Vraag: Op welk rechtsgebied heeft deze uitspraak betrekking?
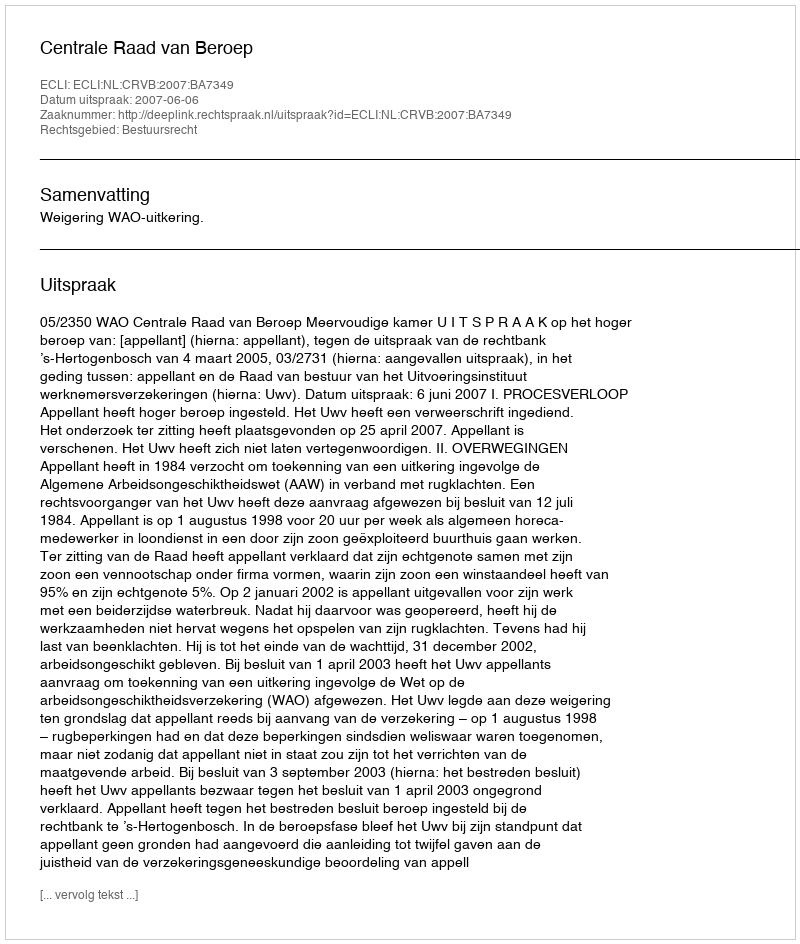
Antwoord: Bestuursrecht